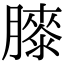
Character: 𦡀